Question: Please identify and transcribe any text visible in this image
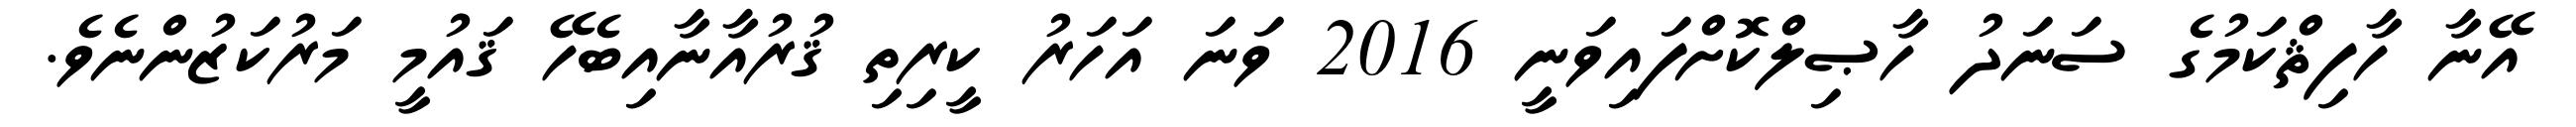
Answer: އޭނާ ހާފިޘްކަމުގެ ސަނަދު ހާޞިލްކޮށްފައިވަނީ 2016 ވަނަ އަހަރު ކީރިތި ޤުރުއާނާއިބެހޭ ޤައުމީ މަރުކަޒުންނެވެ.